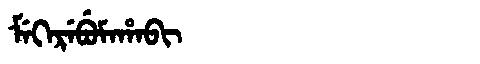
Manchu: ᠮᡝᡴᡝᡵᡝᠪᡠᠮᠠᡥᠠᠪᡳ
Romanization: MEKEREBUMAHABI